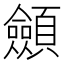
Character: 顩